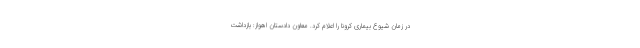
در زمان شیوع بیماری کرونا را اعلام کرد. معاون دادستان اهواز: بازداشت